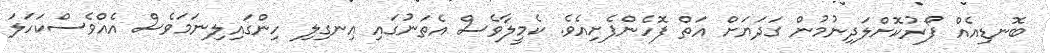
ބޮނޑިއެއް ފޯރުކޮށްލަދިނުމުން ގަދަޔަށް އަތް ފޮހެންފެށިއެވެ. ކެމީލާވެސް އެތަނުގައި އިނގިލި ހިންގައިލިނަމަވެސް އެއްވެސްކަހަލަ